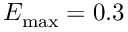
E _ { \mathrm { m a x } } = 0 . 3